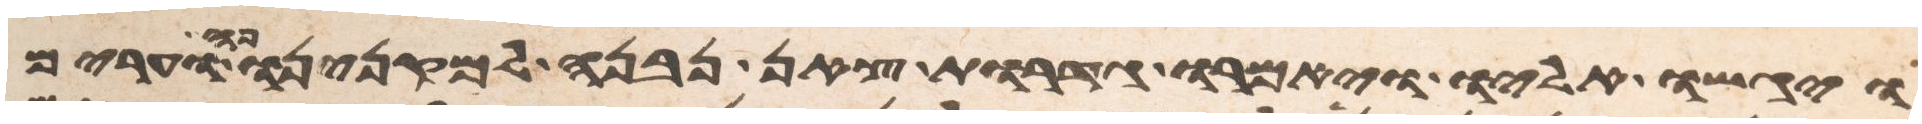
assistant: ויגשו אליו ויאמרו גדרות צאן נבנה למקנינו פה וערים